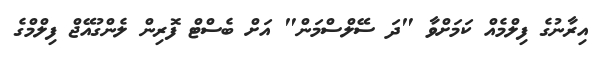
އިރާނުގެ ފިލްމެއް ކަމަށްވާ "ދަ ސޭލްސްމަން" އަށް ބެސްޓް ފޮރިން ލެންގުއޭޖް ފިލްމްގެ